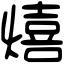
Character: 熺